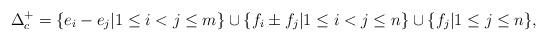
LaTeX: \begin{align*} \Delta _c ^+ =\{ e_i-e_j | 1 \leq i < j \leq m \} \cup \{ f_i \pm f_j | 1 \leq i < j \leq n \} \cup \{ f_j | 1 \leq j \leq n \},\end{align*}